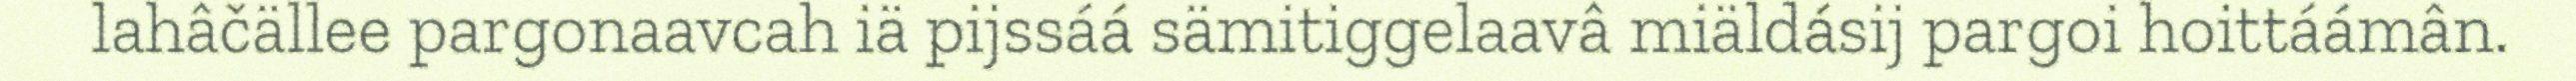
lahâčällee pargonaavcah iä pijssáá sämitiggelaavâ miäldásij pargoi hoittáámân.